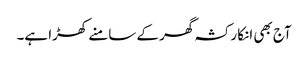
آج بھی انکا رکشہ گھر کے سامنے کھڑا ہے۔